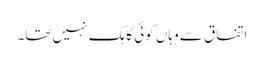
اتفاق سے وہاں کوئی گاہک نہیں تھا۔